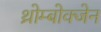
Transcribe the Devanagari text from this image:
थ्रोम्बोक्जेन